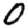
Digit: 0